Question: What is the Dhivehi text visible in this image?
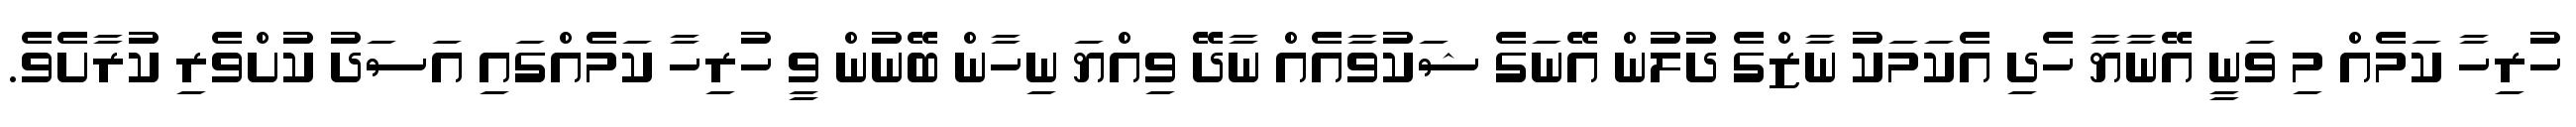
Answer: ހުރިހާ ކަމެއް މި ވަނީ އޭނާޔާ ހެދި އެކަމަކު ނާޒްގެ ދުލުން އޭނަގެ ޝަކުވާއެއް ނާދޭ ވިއްޔަ ނިހާން ބޭނުން ވީ ހުރިހާ ކަމެއްގައި އަސަދު ކުށްވެރި ކުރާށެވެ.